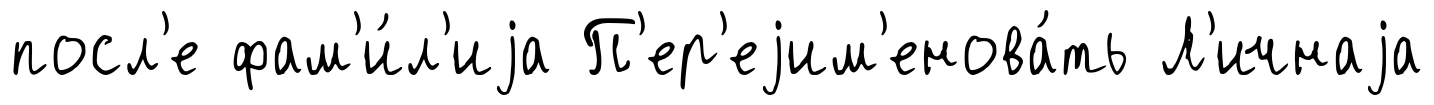
посл'е фам'и́л'иjа П'ер'еjим'енова́ть Л'ичнаjа